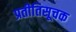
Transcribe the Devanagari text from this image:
प्रतीतिसूचक